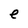
Character: e